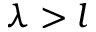
\lambda > l